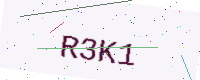
Text: R3K1